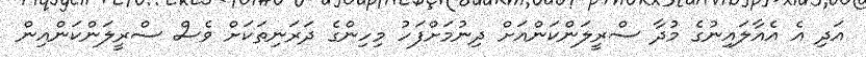
އަދި އެ އެއާލައިނުގެ މުދާ ސްރީލަންކަންއަށް ދިނުމަށްފަހު މިހިންގެ ދަރަނިތަކަށް ވެސް ސްރީލަންކަންއިން